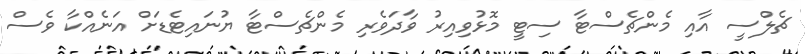
ޗެލްސީ އާއި މެންޗެސްޓާ ސިޓީ މޮޅުވިއިރު ވާދަވެރި މެންޗެސްޓާ ޔުނައިޓެޑަށް އަނެއްކާ ވެސް